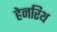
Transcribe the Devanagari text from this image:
हेनरिथ